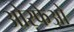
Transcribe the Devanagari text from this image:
ओरफेओ